Annual report of the Punjab Veterinary College and of the Civil Veterinary Department, Punjab - 1894-1908
Year: 1894
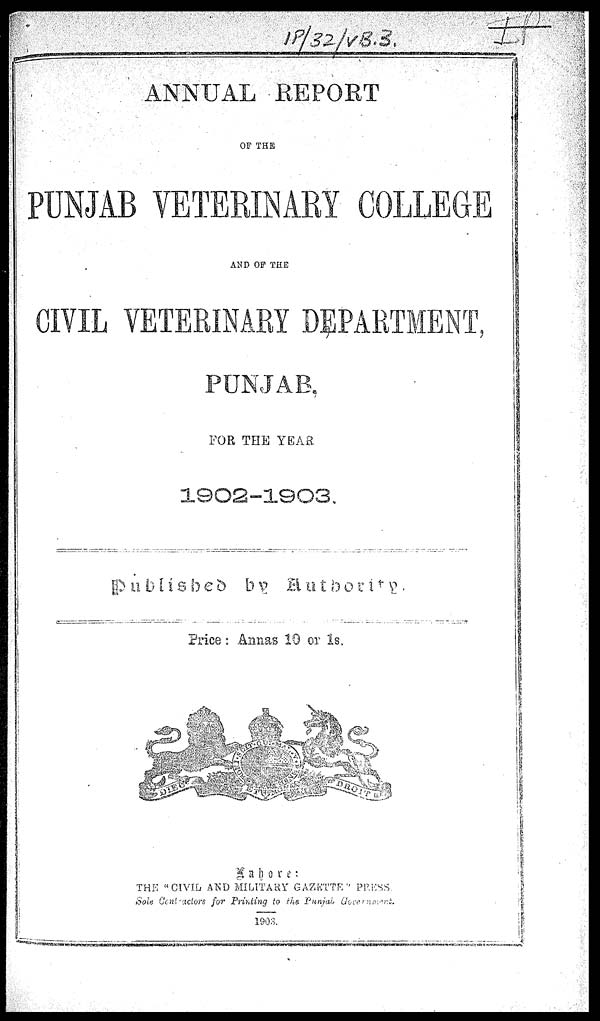
ANNUAL REPORT
OF THE
PUNJAB VETERINARY COLLEGE
AND OF THE
CIVIL VETERINARY DEPARTMENT,
PUNJAB,
FOR THE YEAR
1902-1903.
Published by Authority.
Price: Annas 10 or 1s.
Lahore:
THE CIVIL AND MILITARY GAZETTE " PRESS,
Sole Contractors for Printing to the Punjab Government.
1996.